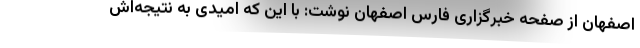
اصفهان از صفحه خبرگزاری فارس اصفهان نوشت: با این که امیدی به نتیجه‌اش